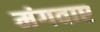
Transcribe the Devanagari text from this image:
मंगवाए